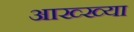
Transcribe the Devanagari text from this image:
आख्‍ख्या